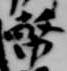
幣